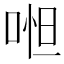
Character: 𠶒